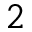
^ 2